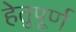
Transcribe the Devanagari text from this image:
हेतुपूर्ण